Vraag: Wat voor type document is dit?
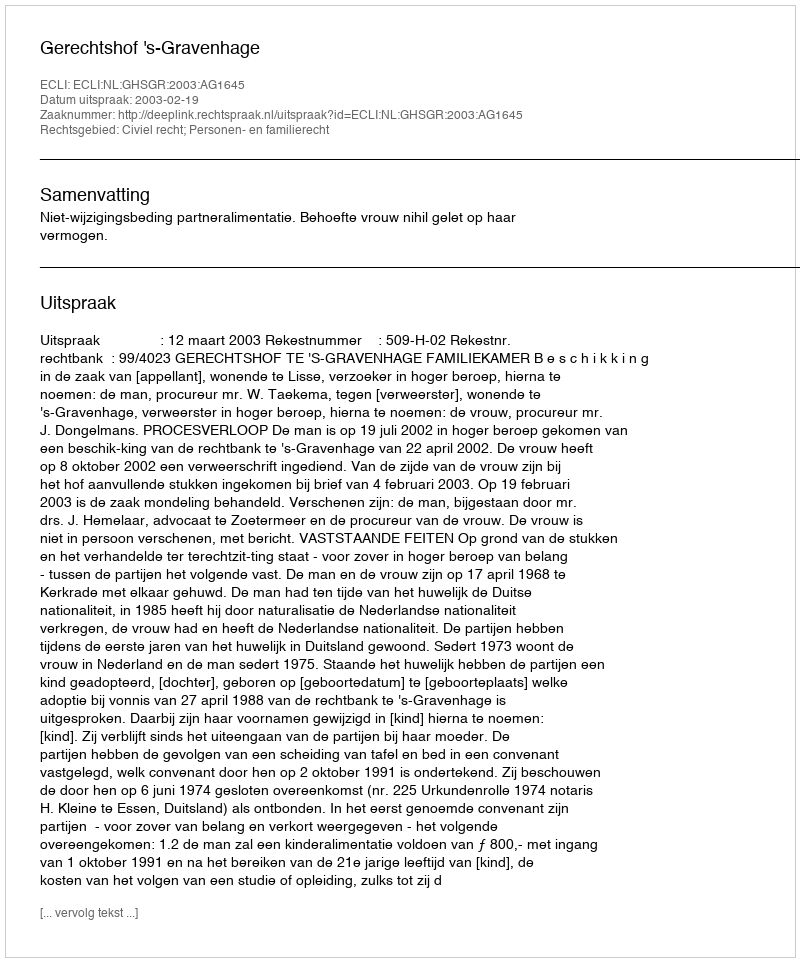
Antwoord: Uitspraak